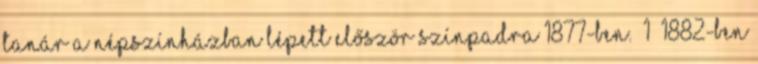
tanár a Népszínházban lépett először színpadra 1877-ben. 1 1882-ben